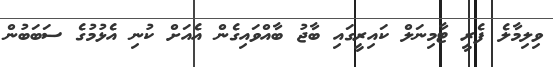
ވިލިމާލެ ފެރީ ޓާމިނަލް ކައިރީގައި ބާޖު ބާއްވައިގެން އެއަށް ކުނި އެޅުމުގެ ސަބަބުން